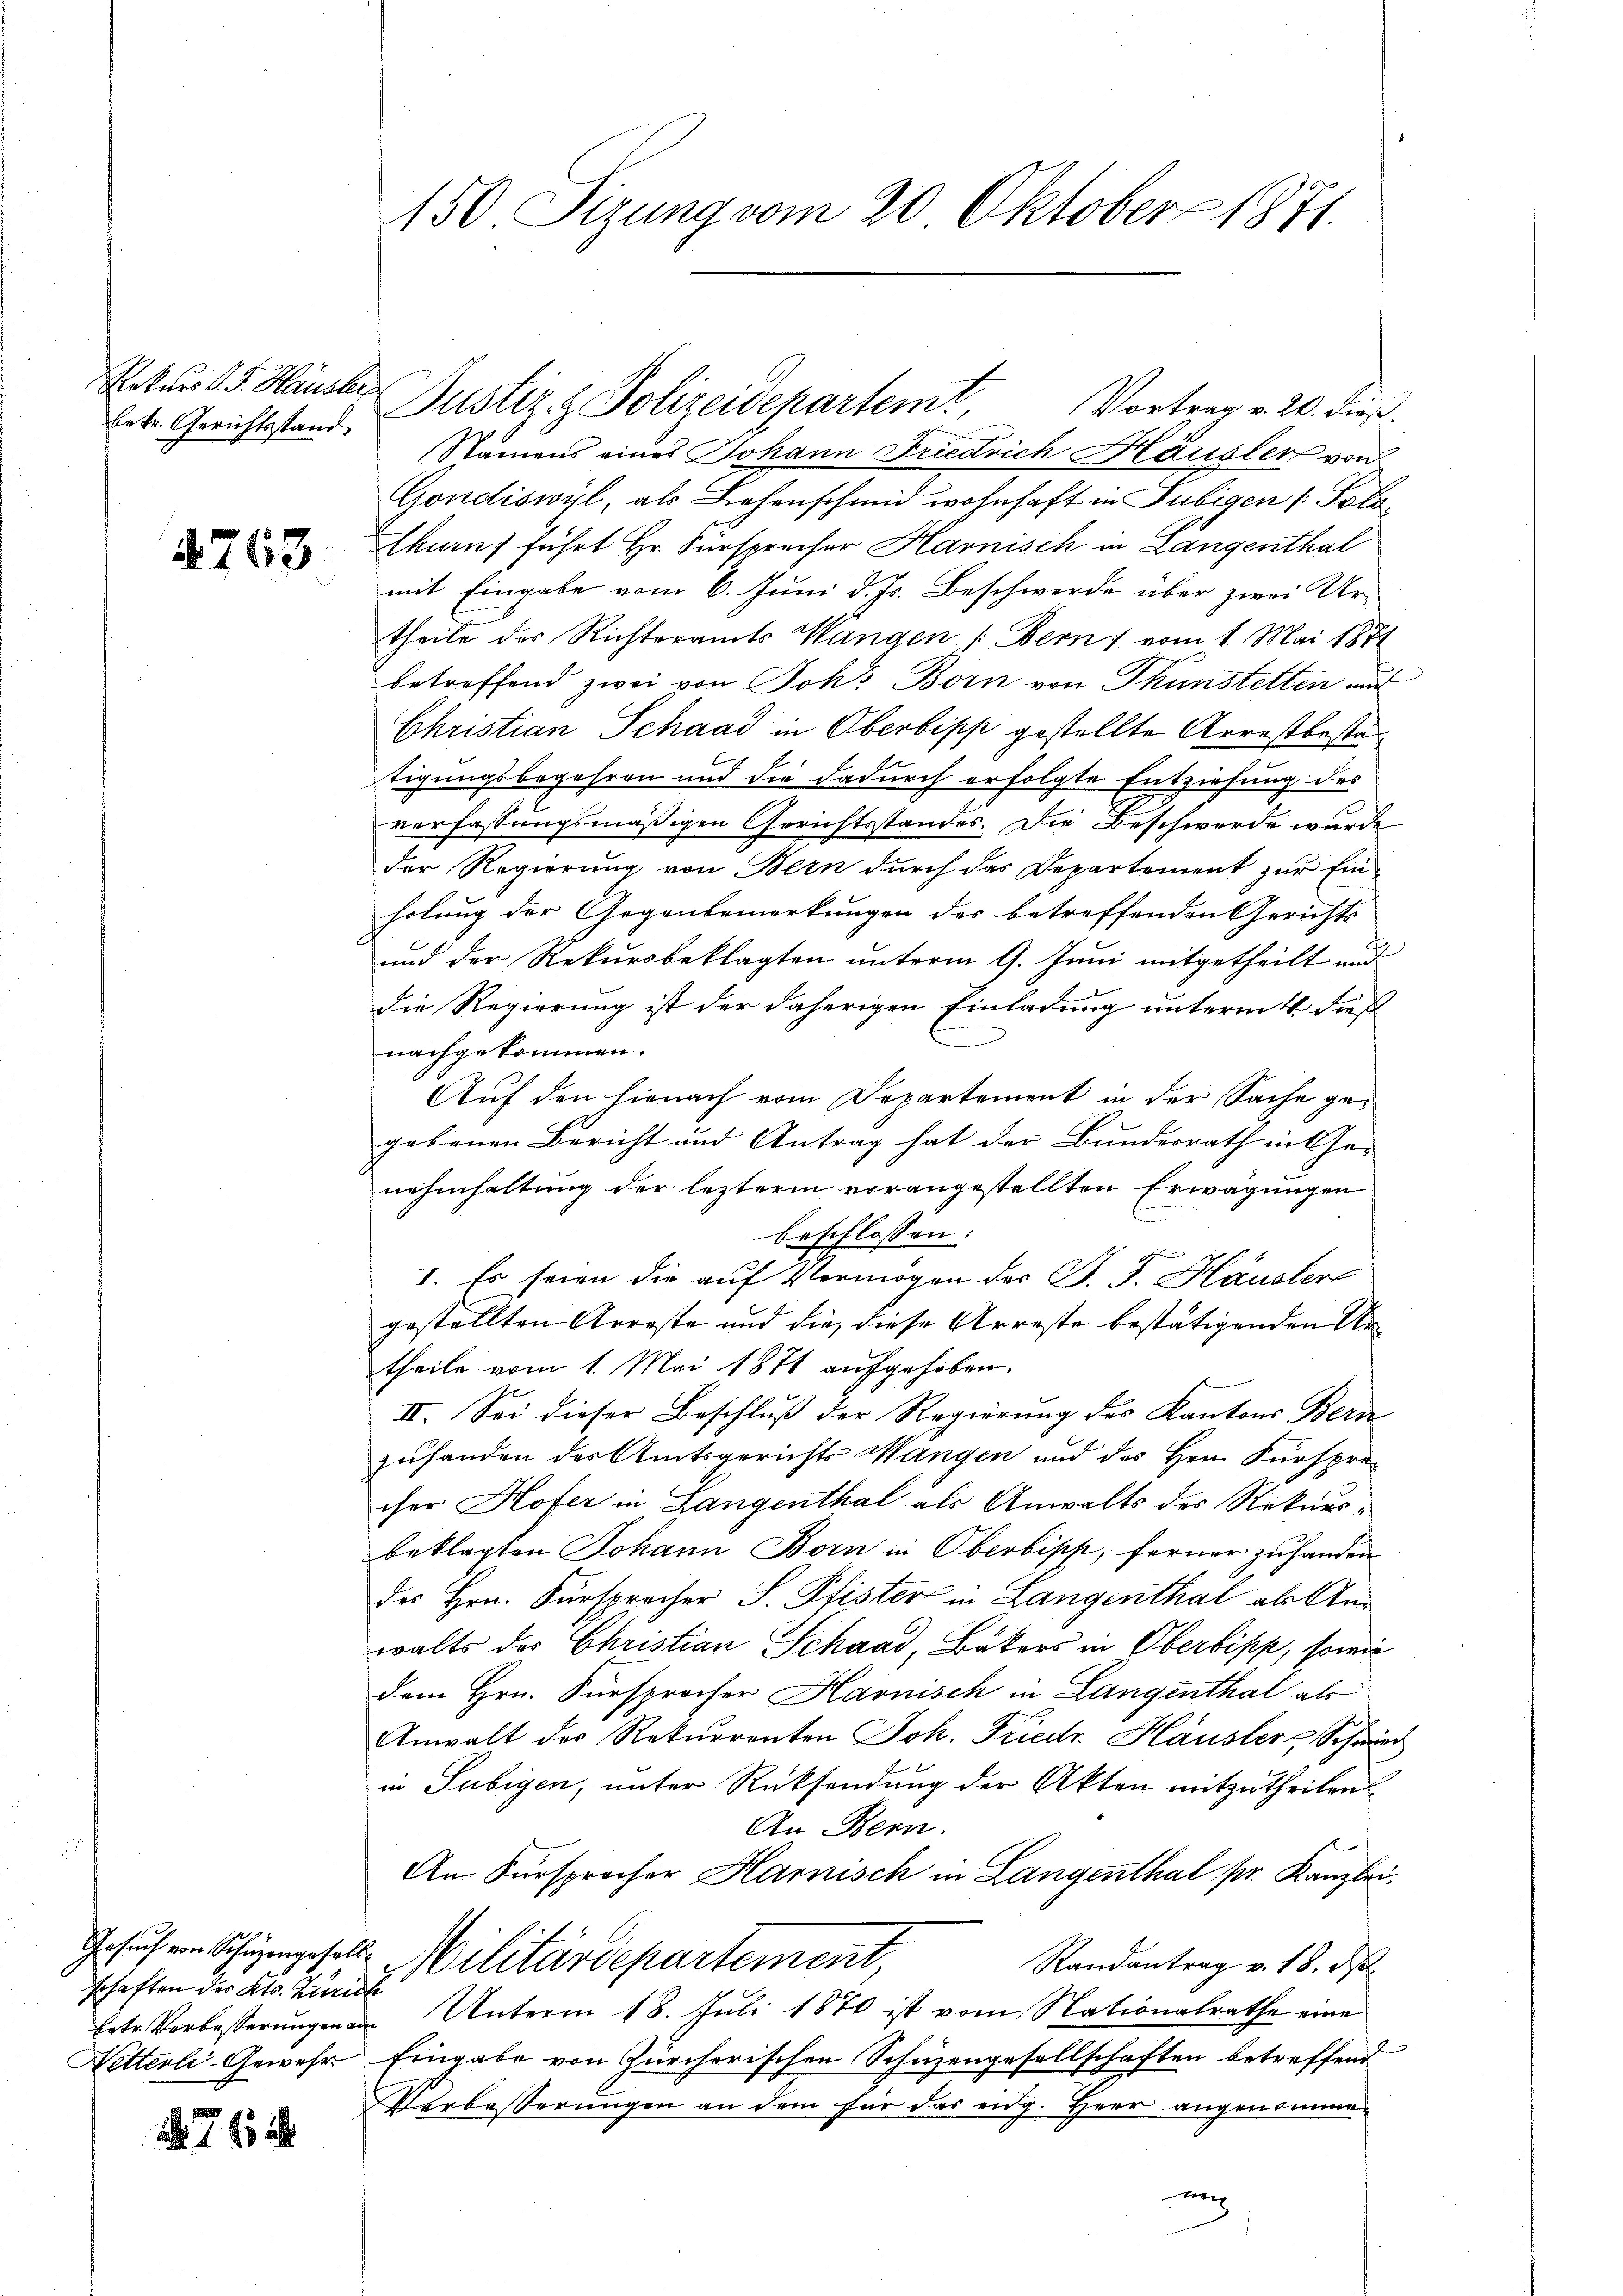
betr. Gerichtsstand

4763

schaften des Kts. Zürich
Netterli-Gewehr

176

150 Sizung vom 20. Oktober 1871.

Rekurs 15. Häusler Justiz & Polizeidepartemt
Vortrag v. 20. dieß.
Namens eines Johann Friedrich Häusler von
Gondiswyl, als Lehenschmid wohnhaft in Subigen (Polothurn, führt Hr. Fürspreiser Harnisch in Langenthal
mit Eingabe vom 6. Juni d. Js. Beschwerde über zwei Urtheile des Richteramts Wangen (Bern vom 1. Mai 1872
betreffend zwei von Joh. Born von Thunstetten au
Christian Schaad in Oberbipp gestellte Arrestbestätigungsbegehren und die dadurch erfolgte Entziehung des
verfassungsmäßigen Gerichtsstandes. Die Beschwerde wurde
der Regierung von Bern durch das Departement zur Einholung der Gegenbemerkungen des betreffenden Gerichts-
und der Rekursbeklagten unterm 9. Juni mitgetheilt und
die Regierung ist der daherigen Einladung unterm 4. dieß
nachgekommen.
Auf den hienach vom Departement in der Sache gegebenen Bericht und Antrag hat der Bundesrath in Ge-
nehmhaltung der lezterm vorangestellten Erwägungen
beschlossen:
I. Es seien die auf Vermögen des J. J. Häusler
gestellten Arreste und die, diese Arreste bestätigenden Artheile vom 1. Mai 1871 aufgehoben.
II. Sei dieser Beschluß der Regierung des Kantons Bern
zuhanden des Amtsgerichts Mangen und des Hrn. Fürsprecher Hofer in Langenthal als Anwalts des Rekursbeklagten Johann Born in Oberbipp, ferner zuhanden
des Hrn. Fürsprocher S. Pfister in Langenthal als Anwalts des Christian Schaad, Bators in Oberbipp, sowie
dem Hrn. Fürsprocher Harnisch in Langenthal als
Anwalt der Rekurrenten Joh. Friedr. Häusler Schwer
in Subigen, unter Rücksendung der Akten mitzutheilen
An Bern.
An Fürsprocher Harnisch in Langenthal pr. Kanzlei,
Gesuch ein Schüzengeselle Militärdepartement,
Randantrag v. 18. ds.
betr. Verbesserungen an Unterm 18. Juli 1870 ist vom Nationalrathe eine
Eingabe von Zürcherischen Schüzengesellschaften betreffend
Verbesserungen an dem für das eidg. Herr angenommeung